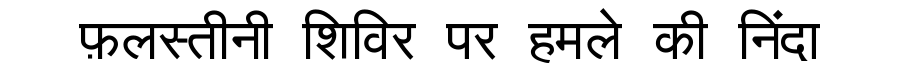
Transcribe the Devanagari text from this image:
फ़लस्तीनी शिविर पर हमले की निंदा